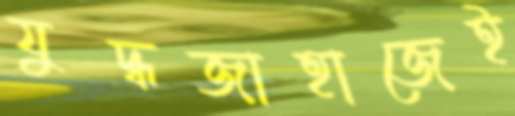
যুদ্ধজাহাজেই